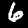
Label: 6